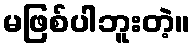
မဖြစ်ပါဘူးတဲ့။